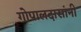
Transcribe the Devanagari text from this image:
गोपालदासांनी